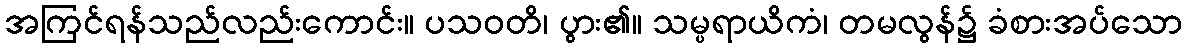
အကြင်ရန်သည်လည်းကောင်း။ ပသဝတိ၊ ပွား၏။ သမ္ပရာယိကံ၊ တမလွန်၌ ခံစားအပ်သော